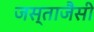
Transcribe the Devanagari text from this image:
जस्ताजैसी